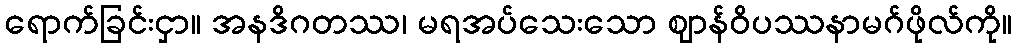
ရောက်ခြင်းငှာ။ အနဒိဂတဿ၊ မရအပ်သေးသော ဈာန်ဝိပဿနာမဂ်ဖိုလ်ကို။